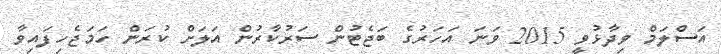
އަސްލަމް ވިދާޅުވީ 2015 ވަނަ އަހަރުގެ ބަޖެޓުން ސަރުކާރުން އަލަށް ކުރަން ހަމަޖެހިފައިވާ